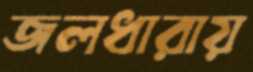
জলধারায়